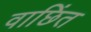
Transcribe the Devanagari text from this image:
वाछिंत